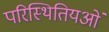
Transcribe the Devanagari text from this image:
परिस्थितियओं